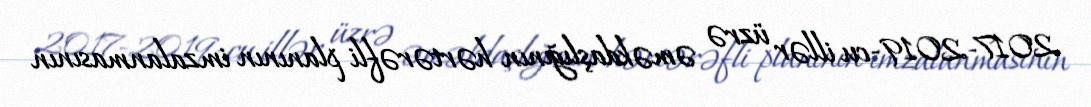
2017-2019-cu illər üzrə əməkdaşlığının hərtərəfli planının imzalanmasının